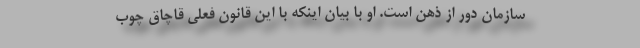
سازمان دور از ذهن است. او با بیان اینکه با این قانون فعلی قاچاق چوب